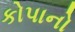
કોપાનો